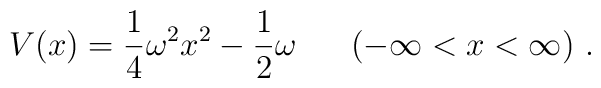
V(x)=\frac{1}{4} \omega^2 x^2 - \frac{1}{2} \omega~~~~~(-\infty < x < \infty)~.